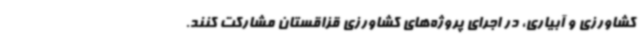
کشاورزی و آبیاری، در اجرای پروژه‌های کشاورزی قزاقستان مشارکت کنند.